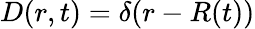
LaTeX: {D(r,t)=\delta(r-R(t))}